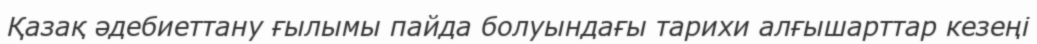
Қазақ әдебиеттану ғылымы пайда болуындағы тарихи алғышарттар кезеңі